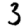
Digit: 3